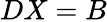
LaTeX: DX=B